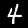
Digit: 4